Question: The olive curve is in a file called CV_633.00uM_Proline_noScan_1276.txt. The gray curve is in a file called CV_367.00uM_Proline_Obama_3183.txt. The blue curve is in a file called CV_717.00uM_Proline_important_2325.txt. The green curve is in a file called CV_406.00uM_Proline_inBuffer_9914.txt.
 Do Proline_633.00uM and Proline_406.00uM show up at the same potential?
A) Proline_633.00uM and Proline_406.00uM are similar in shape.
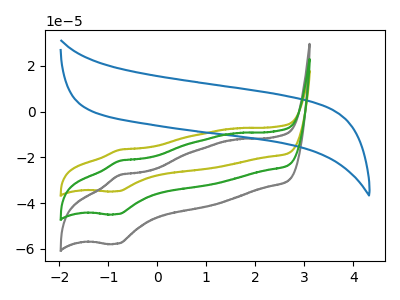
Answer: <think>The olive curve "Proline_633.00uM" has an anodic peak at (-0.75V, -16.75uA) and a cathodic peak at (-0.80V, -34.85uA). The gray curve "Proline_367.00uM" has an anodic peak at (-0.75V, -43.15uA) and a cathodic peak at (-0.80V, -89.70uA). The blue curve "Proline_717.00uM" has no peaks. The green curve "Proline_406.00uM" has an anodic peak at (-0.75V, -21.55uA) and a cathodic peak at (-0.80V, -44.85uA).
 All the peaks in "Proline_633.00uM" have a peak in "Proline_406.00uM" at the same potential.</think>
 <answer>A) "Proline_633.00uM" and "Proline_406.00uM" are similar in shape.</answer>
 <eval>A</eval>